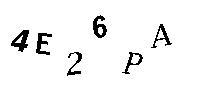
4E26PA